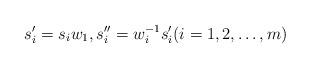
LaTeX: \begin{align*}s'_i=s_i w_1,s''_i =w^{-1}_i s'_i(i=1,2,\ldots,m)\end{align*}